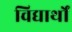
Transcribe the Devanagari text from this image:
विद्यार्थों